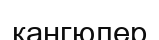
кангюлер